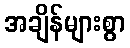
အချိန်များစွာ